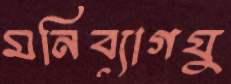
মনিব্যাগযু